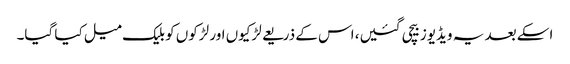
اسکے بعد یہ ویڈیوز بیچی گئیں، اس کے ذریعے لڑکیوں اور لڑکوں کو بلیک میل کیا گیا۔